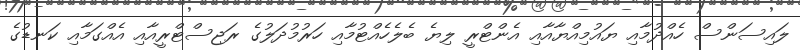
ލައިސަންސް ހެއްދުމާއި ޔައުމިއްޔާއާއި އެންޓްރީ ލިޔެ ބެލެހެއްޓުމާއި ހަރުމުދަލުގެ ރަޖިސްޓްރީއާއި އެއްގަމާއި ކަނޑުގެ